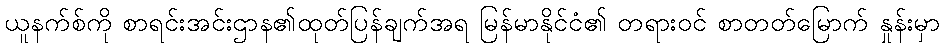
ယူနက်စ်ကို စာရင်းအင်းဌာန၏ထုတ်ပြန်ချက်အရ မြန်မာနိုင်ငံ၏ တရားဝင် စာတတ်မြောက် နှုန်းမှာ